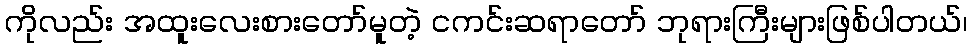
ကိုလည်း အထူးလေးစားတော်မူတဲ့ ငကင်းဆရာတော် ဘုရားကြီးများဖြစ်ပါတယ်၊